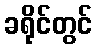
ခရိုင်တွင်